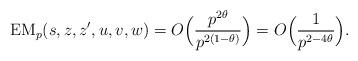
LaTeX: \begin{align*}\mathrm{EM}_p(s,z,z',u,v,w)=O\Bigl(\frac{p^{2\theta}}{p^{2(1-\theta)}}\Bigr)=O\Bigl(\frac{1}{p^{2-4\theta}}\Bigr).\end{align*}